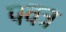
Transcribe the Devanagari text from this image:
पवत्र